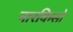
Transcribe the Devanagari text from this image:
नारकिसो